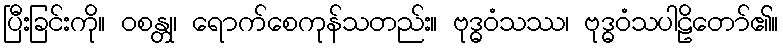
ပြီးခြင်းကို။ ဝစန္တု၊ ရောက်စေကုန်သတည်း။ ဗုဒ္ဓဝံသဿ၊ ဗုဒ္ဓဝံသပါဠိတော်၏။